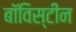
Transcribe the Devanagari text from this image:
बॉविस्टीन